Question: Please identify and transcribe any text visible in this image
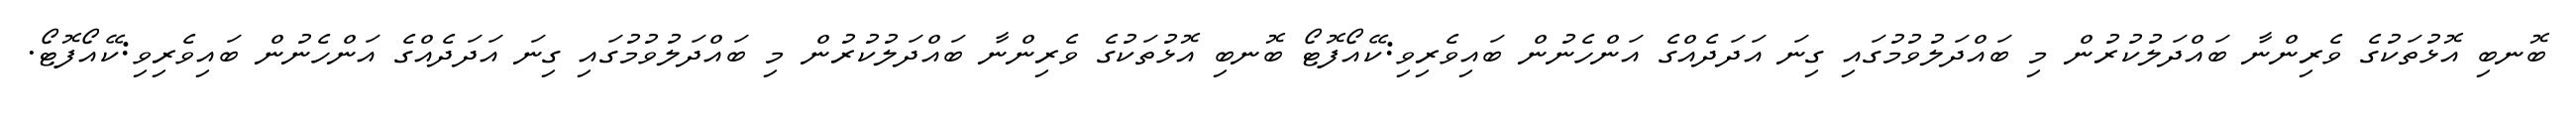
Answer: ބޮނބި އޮޅުތަކުގެ ވެރިންނާ ބައްދަލުކުރުން މި ބައްދަލުވުމުގައި ގިނަ އަދަދެއްގެ އަންހެނުން ބައިވެރިވި:ކޭއޯފޮޓޯ ބޮނބި އޮޅުތަކުގެ ވެރިންނާ ބައްދަލުކުރުން މި ބައްދަލުވުމުގައި ގިނަ އަދަދެއްގެ އަންހެނުން ބައިވެރިވި:ކޭއޯފޮޓޯ.